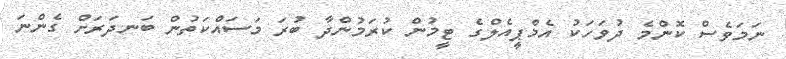
ނަމަވެސް ކޮންމެ ދުވަހަކު އެމްޕީއެލްގެ ޓީމުން ކުރަމުންދާ ބުރަ މަސައްކަތުން ބަނދަރަށް ގެންނަ